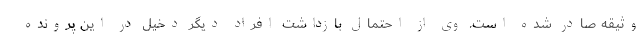
وثیقه صادر شده است. وی از احتمال بازداشت افراد دیگر دخیل در این پرونده